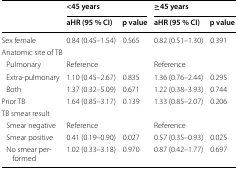
<table><thead><tr><td rowspan="2"></td><td colspan="2"><b>&lt;45 years</b></td><td colspan="2"><b>≥45 years</b></td></tr><tr><td><b>aHR (95 % CI)</b></td><td><b>p value</b></td><td><b>aHR (95 % CI)</b></td><td><b>p value</b></td></tr></thead><tbody><tr><td>Sex female</td><td>0.84 (0.45–1.54)</td><td>0.565</td><td>0.82 (0.51–1.30)</td><td>0.391</td></tr><tr><td colspan="5">Anatomic site of TB</td></tr><tr><td> Pulmonary</td><td>Reference</td><td></td><td>Reference</td><td></td></tr><tr><td> Extra-pulmonary</td><td>1.10 (0.45–2.67)</td><td>0.835</td><td>1.36 (0.76–2.44)</td><td>0.295</td></tr><tr><td> Both</td><td>1.37 (0.32–5.09)</td><td>0.671</td><td>1.22 (0.38–3.93)</td><td>0.744</td></tr><tr><td>Prior TB</td><td>1.64 (0.85–3.17)</td><td>0.139</td><td>1.33 (0.85–2.07)</td><td>0.206</td></tr><tr><td colspan="5">TB smear result</td></tr><tr><td> Smear negative</td><td>Reference</td><td></td><td>Reference</td><td></td></tr><tr><td> Smear positive</td><td>0.41 (0.19–0.90)</td><td>0.027</td><td>0.57 (0.35–0.93)</td><td>0.025</td></tr><tr><td> No smear performed</td><td>1.02 (0.33–3.18)</td><td>0.970</td><td>0.87 (0.42–1.77)</td><td>0.697</td></tr></tbody></table>